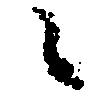
々